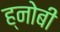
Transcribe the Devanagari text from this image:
ह्नोबी